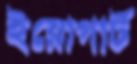
ইয়োগার্ট